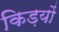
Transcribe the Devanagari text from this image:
किड़यों